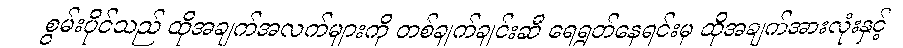
စွမ်းပိုင်သည် ထိုအချက်အလက်များကို တစ်ချက်ချင်းဆီ ရေရွတ်နေရင်းမှ ထိုအချက်အားလုံးနှင့်